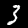
Label: 3